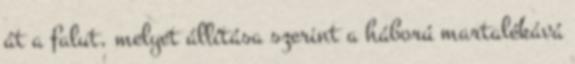
át a falut, melyet állítása szerint a háború martalékává